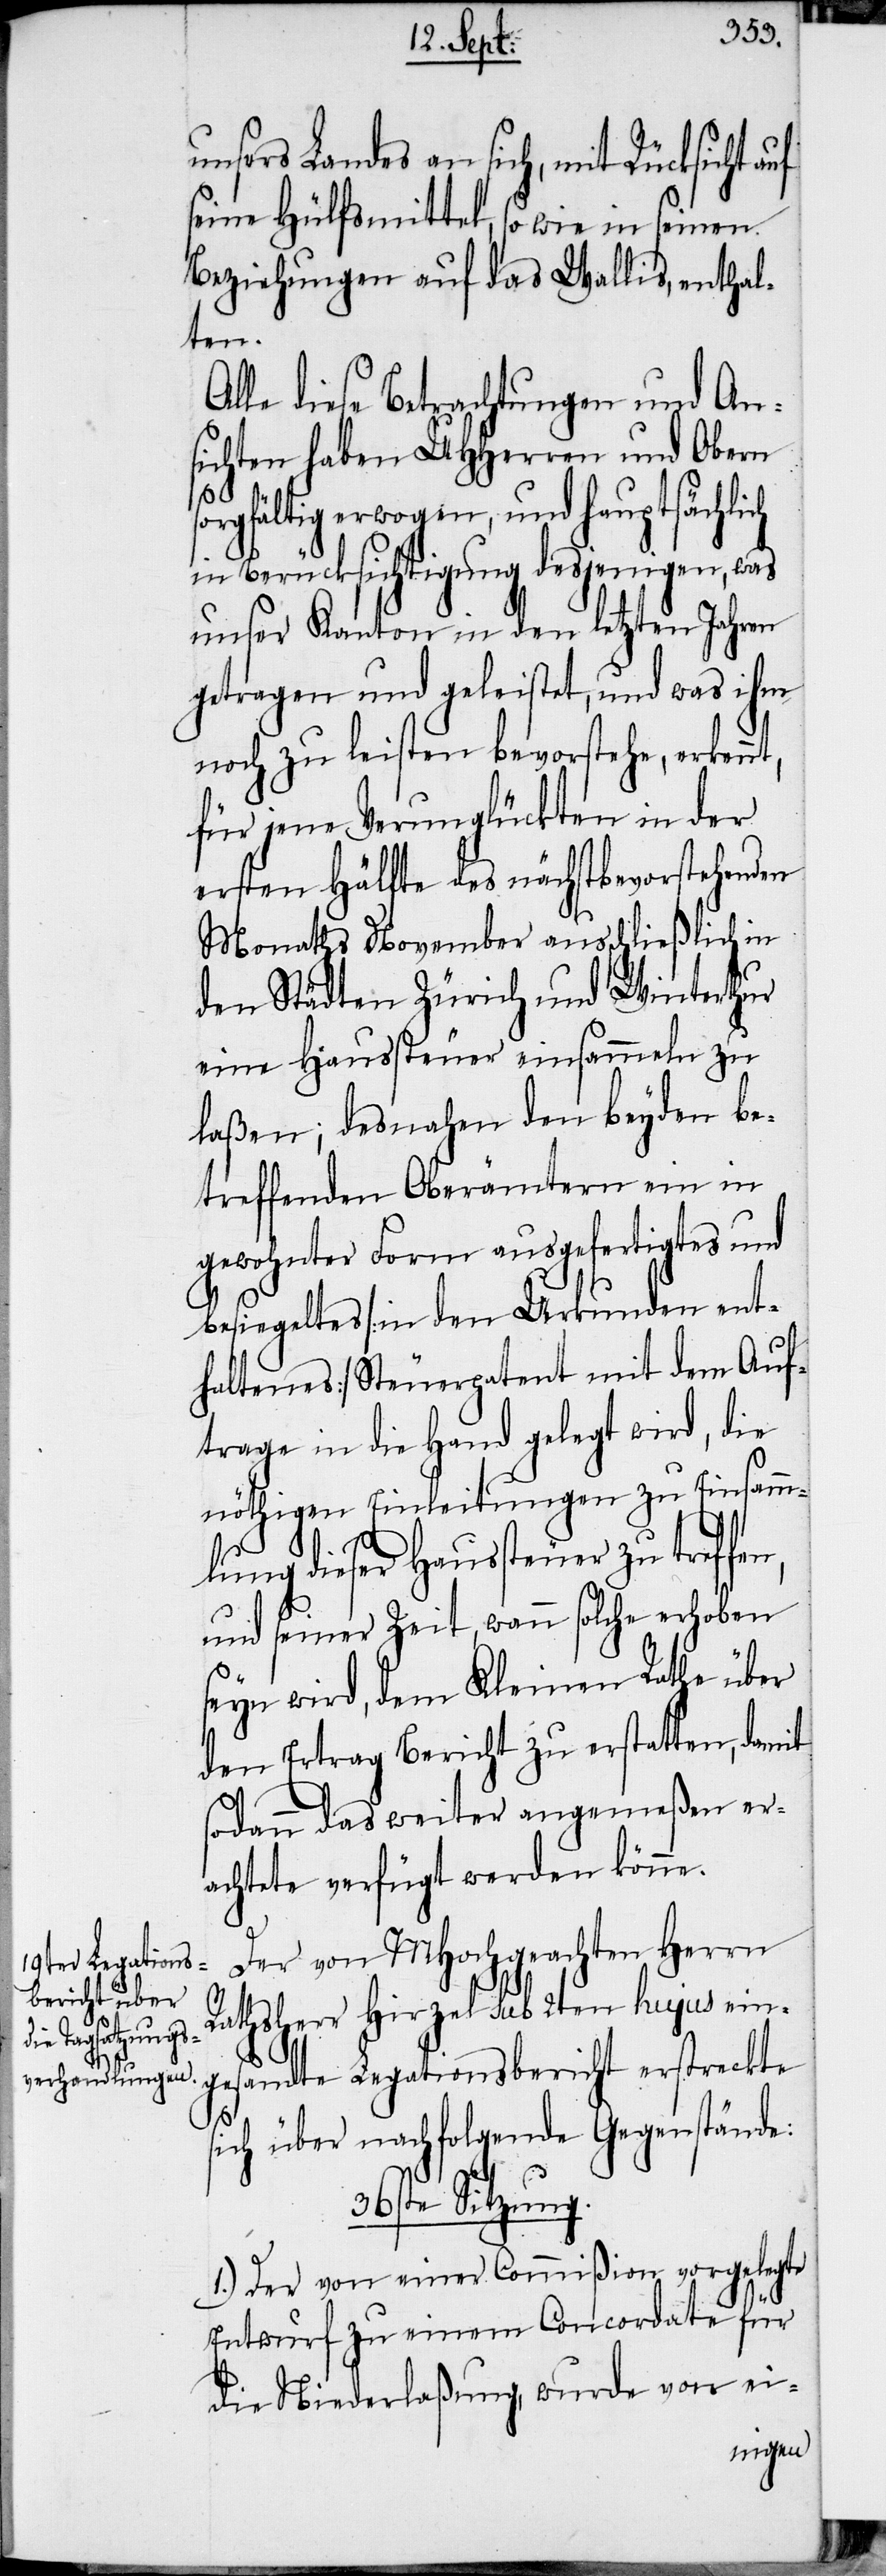
unsers Landes an sich, mit Rücksicht auf
seine Hülfsmittel, so wie in seinen
Beziehungen auf das Wallis, enthal¬
ten.
Alle diese Betrachtungen und An¬
sichten haben UHHerren und Obern s¬
orgfältig erwogen, und hauptsächlich
in Berücksichtigung desjenigen, was
unser Kanton in den letzten Jahren
getragen und geleistet, und was ihm
noch zu leisten bevorstehe, erkennt,
für jene Verunglückten in der
ersten Hälfte des nächstbevorstehenden
Monaths November ausschließlich in
den Städten Zürich und Winterthur
eine Haussteuer einsammeln zu
laßen; desnahen den beyden be¬
treffenden Oberämtern ein in
gewohnter Form ausgefertigtes und
besiegeltes [in den Urkunden ent¬
haltenes] Steuerpatent mit dem Auf¬
trage in die Hand gelegt wird, die
nöthigen Einleitungen zu Einsamm¬
lung dieser Haussteuer zu treffe¬
und seiner Zeit, wann solche erhoben
seyn wird, dem Kleinen Rathe über
den Ertrag Bericht zu erstatten, damit
sodann das weiter angemeßen er¬
achtete verfügt werden könne.
Der von MHochgeachten Herrn
Rathsherr Hirzel sub 2ten hujus ein¬
gesandte Legationsbericht erstreckte
sich über nachfolgende Gegenstände:
36ste Sitzung.
1.) Der von einer Commißion vorgelegte
Entwurf zu einem Concordate für
die Niederlaßung, wurde von ei-
n,